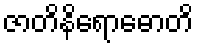
ဇာတိနိရောဓောတိ